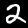
Digit: 2